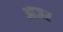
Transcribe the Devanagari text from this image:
आजर